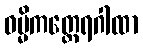
ဓမ္မိကတ္ထေရဂါထာ